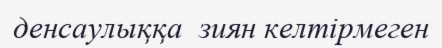
денсаулыққа  зиян келтiрмеген